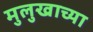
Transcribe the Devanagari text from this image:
मुलुखाच्या